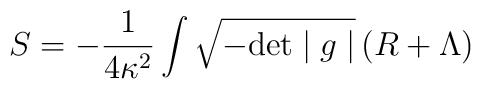
S=-\frac{1}{4\kappa^2}\int \sqrt{-\mbox{det}\mid g\mid }\,(R +\Lambda)